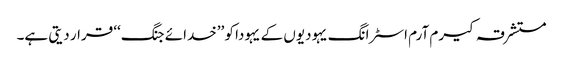
مستشرقہ کیرم آرم اسٹرانگ یہودیوں کے یہودا کو ’’خدائے جنگ‘‘ قرار دیتی ہے۔